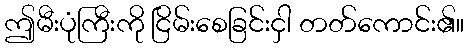
ဤမီးပုံကြီးကို ငြိမ်းစေခြင်းငှါ တတ်ကောင်း၏။